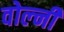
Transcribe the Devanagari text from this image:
वोल्नी